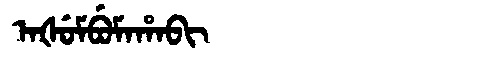
Manchu: ᠠᡧᡠᠮᠪᡠᠮᠠᡥᠠᠪᡳ
Romanization: AŠUMBUMAHABI